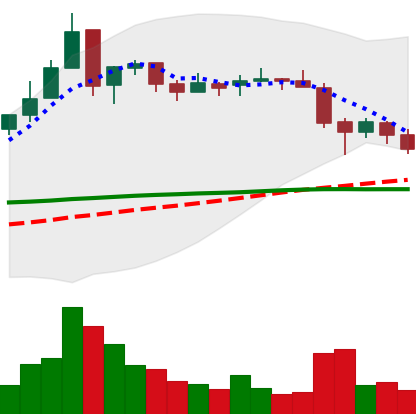
Ticker: EOS-USD
Chart end date: 2018-05-15
Forward return: 7.801%
Label: up_7plus